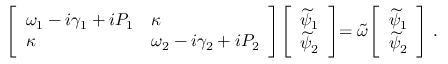
\left[ \begin{array} { l l } { \omega _ { 1 } - i \gamma _ { 1 } + i P _ { 1 } } & { \kappa } \\ { \kappa } & { \omega _ { 2 } - i \gamma _ { 2 } + i P _ { 2 } } \end{array} \middle ] \middle [ \begin{array} { l } { \widetilde { \psi } _ { 1 } } \\ { \widetilde { \psi } _ { 2 } } \end{array} \middle ] = \widetilde { \omega } \middle [ \begin{array} { l } { \widetilde { \psi } _ { 1 } } \\ { \widetilde { \psi } _ { 2 } } \end{array} \right] \, .